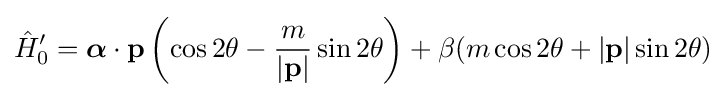
{\hat {H}}'_{0}={\boldsymbol {\alpha }}\cdot \mathbf {p} \left(\cos 2\theta -{\frac {m}{|\mathbf {p} |}}\sin 2\theta \right)+\beta (m\cos 2\theta +|\mathbf {p} |\sin 2\theta )